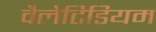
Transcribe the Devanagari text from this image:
वैलेटिडियम